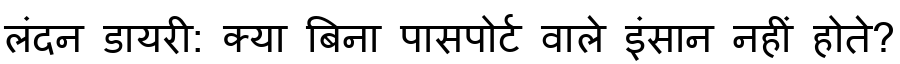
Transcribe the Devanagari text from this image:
लंदन डायरी: क्या बिना पासपोर्ट वाले इंसान नहीं होते?